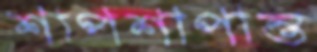
শাপশাপান্ত